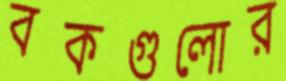
বকগুলোর